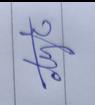
Signature authenticity: genuine